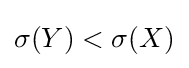
\sigma (Y)<\sigma (X)